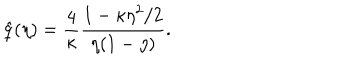
LaTeX: \hat { q } ( \eta ) = \frac 4 { \kappa } \frac { 1 - \kappa \eta ^ { 2 } / 2 } { \eta ( 1 - \eta ) } .